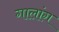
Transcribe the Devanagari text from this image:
गालांग